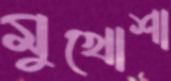
মুখোশা